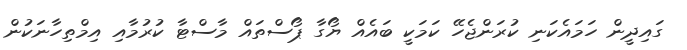
ގައިދީން ހަމައެކަނި ކުރަންޖެހޭ ކަމަކީ ބައެއް ޔޯގާ ޕޯސްތައް މާސްޓާ ކުރުމާއި އިމްތިހާނަކުން